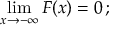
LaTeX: \operatorname* { l i m } _ { x \rightarrow - \infty } F ( x ) = 0 \, ;